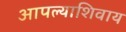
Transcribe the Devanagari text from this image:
आपल्याशिवाय